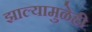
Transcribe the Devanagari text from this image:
झाल्यामुळेही